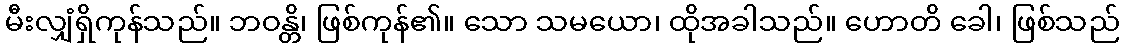
မီးလျှံရှိကုန်သည်။ ဘဝန္တိ၊ ဖြစ်ကုန်၏။ သော သမယော၊ ထိုအခါသည်။ ဟောတိ ခေါ၊ ဖြစ်သည်